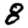
Digit: 8